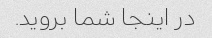
در اینجا شما بروید.